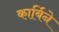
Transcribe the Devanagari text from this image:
कार्बिने